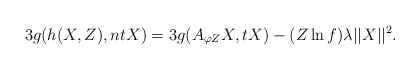
\begin{align*}3g(h(X, Z), ntX)= 3g(A_{\varphi Z}X, tX)-(Z\ln f)\lambda\vert\vert X \vert\vert^{2}.\end{align*}